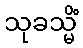
သုခသ္မိံ